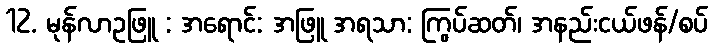
12. မုန်လာဥဖြူ : အရောင်: အဖြူ အရသာ: ကြွပ်ဆတ်၊ အနည်းငယ်ဖန်/စပ်